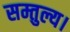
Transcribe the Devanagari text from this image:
सम्तुल्य।